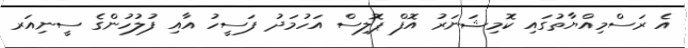
އެ ރަސްމިއްޔާތުގައި ކޮމިޝަނަރު އޮފް ޕޮލިސް އަހުމަދު ފަސީހު އާއި ފުލުހުންގެ ސީނިއަރ